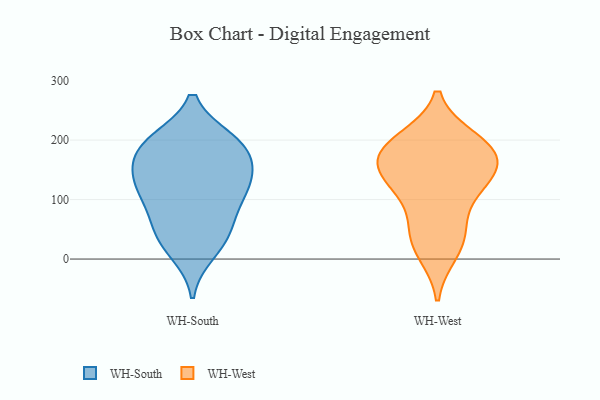
{"axis": {"x": "Operating Costs (USD K)", "y": "Value"}, "legend": ["WH-South", "WH-West"], "data": [{"x": "", "y": 197, "type": "WH-South"}, {"x": "", "y": 97, "type": "WH-South"}, {"x": "", "y": 139, "type": "WH-South"}, {"x": "", "y": 153, "type": "WH-South"}, {"x": "", "y": 83, "type": "WH-South"}, {"x": "", "y": 196, "type": "WH-South"}, {"x": "", "y": 121, "type": "WH-South"}, {"x": "", "y": 29, "type": "WH-South"}, {"x": "", "y": 11, "type": "WH-South"}, {"x": "", "y": 130, "type": "WH-South"}, {"x": "", "y": 127, "type": "WH-South"}, {"x": "", "y": 190, "type": "WH-South"}, {"x": "", "y": 176, "type": "WH-South"}, {"x": "", "y": 44, "type": "WH-South"}, {"x": "", "y": 55, "type": "WH-South"}, {"x": "", "y": 199, "type": "WH-South"}, {"x": "", "y": 47, "type": "WH-West"}, {"x": "", "y": 177, "type": "WH-West"}, {"x": "", "y": 133, "type": "WH-West"}, {"x": "", "y": 137, "type": "WH-West"}, {"x": "", "y": 139, "type": "WH-West"}, {"x": "", "y": 13, "type": "WH-West"}, {"x": "", "y": 199, "type": "WH-West"}, {"x": "", "y": 105, "type": "WH-West"}, {"x": "", "y": 181, "type": "WH-West"}, {"x": "", "y": 175, "type": "WH-West"}, {"x": "", "y": 190, "type": "WH-West"}, {"x": "", "y": 37, "type": "WH-West"}]}